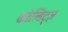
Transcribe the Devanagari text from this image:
कोल्डिट्ज़